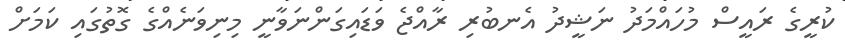
ކުރީގެ ރައީސް މުހައްމަދު ނަޝީދު އެނބުރި ރާއްޖެ ވަޑައިގަންނަވާނީ މިނިވަނެއްގެ ގޮތުގައި ކަމަށް